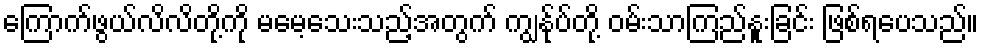
ကြောက်ဖွယ်လိလိတို့ကို မမေ့သေးသည့်အတွက် ကျွန်ုပ်တို့ ဝမ်းသာကြည်နူးခြင်း ဖြစ်ရပေသည်။